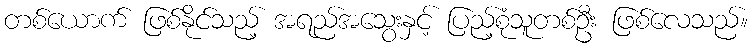
တစ်ယောက် ဖြစ်နိုင်သည့် အရည်အသွေးနှင့် ပြည့်စုံသူတစ်ဦး ဖြစ်လေသည်။